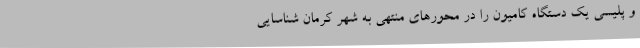
و پلیسی یک دستگاه کامیون را در محورهای منتهی به شهر کرمان شناسایی